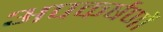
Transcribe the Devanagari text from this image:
अपकर्षणों